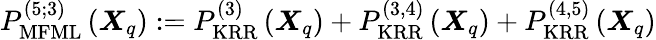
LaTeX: P_{\mathrm{MFML}}^{(5;3)}\left(\boldsymbol{X}_{q}\right):=P_{\mathrm{KRR}}^{(3)}\left(\boldsymbol{X}_{q}\right)+P_{\mathrm{KRR}}^{(3,4)}\left(\boldsymbol{X}_{q}\right)+P_{\mathrm{KRR}}^{(4,5)}\left(\boldsymbol{X}_{q}\right)